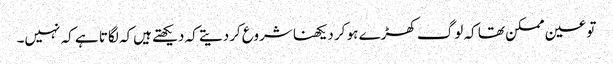
تو عین ممکن تھا کہ لوگ کھڑے ہو کر دیکھنا شروع کردیتے کہ دیکھتے ہیں‌کہ لگاتا ہے کہ نہیں۔